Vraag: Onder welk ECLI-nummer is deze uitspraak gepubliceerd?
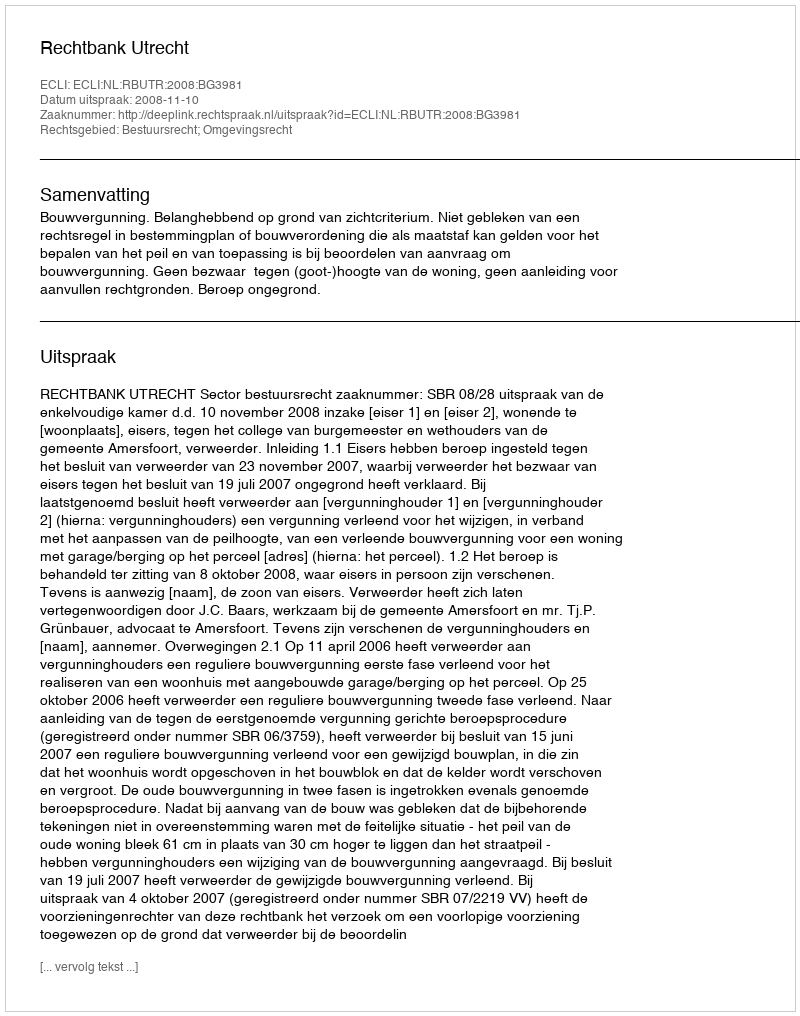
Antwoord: ECLI:NL:RBUTR:2008:BG3981